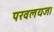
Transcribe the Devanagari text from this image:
परवलयज।